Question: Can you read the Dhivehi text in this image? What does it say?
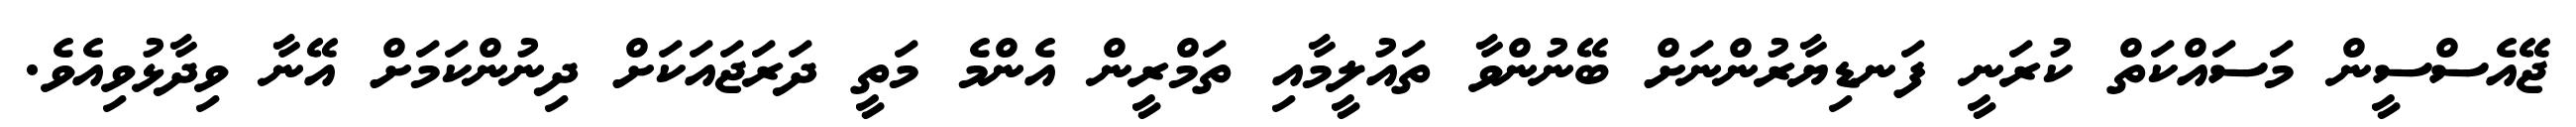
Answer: ޖޭއެސްސީން މަސައްކަތް ކުރަނީ ފަނޑިޔާރުންނަށް ބޭނުންވާ ތައުލީމާއި ތަމްރީން އެންމެ މަތީ ދަރަޖައަކަށް ދިނުންކަމަށް އޭނާ ވިދާޅުވިއެވެ.